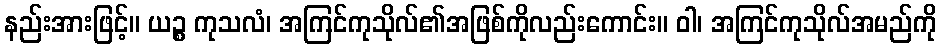
နည်းအားဖြင့်။ ယဉ္စ ကုသလံ၊ အကြင်ကုသိုလ်၏အဖြစ်ကိုလည်းကောင်း။ ဝါ၊ အကြင်ကုသိုလ်အမည်ကို